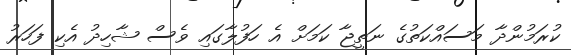
ކުރަމުންދާ މަސައްކަތުގެ ނަތީޖާ ކަމަށް އެ ހަފުލާގައި ވެސް ޝާހިދު އެކި ފަހަރު